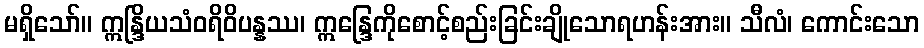
မရှိသော်။ ဣန္ဒြိယသံဝရိဝိပန္နဿ၊ ဣန္ဒြေကိုစောင့်စည်းခြင်းချိုသောရဟန်းအား။ သီလံ၊ ကောင်းသော